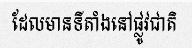
ដែលមានទីតាំងនៅផ្លូវជាតិ